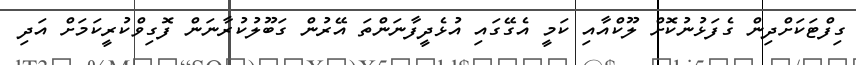
ގިފްޓަކަށްދިން ގެފަޅުނުކޮށް ލޫކްއާއި ކަމީ އެގޭގައި އުޅެދީފާނަންތަ އޭރުން ގަބޫލުކުރާނަން ފޮގިވްކުރީކަމަށް އަދި